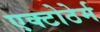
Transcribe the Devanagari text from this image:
एक्टोठेर्म